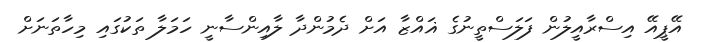
އޭޕީއޭ އިސްރާއީލުން ފަލަސްތީނުގެ ޣައްޒާ އަށް ދެމުންދާ ލާއިންސާނީ ހަމަލާ ތަކުގައި މިހާތަނަށް